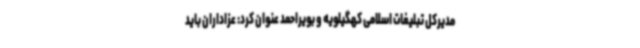
مدیرکل تبلیغات اسلامی کهگیلویه و بویراحمد عنوان کرد: عزاداران باید